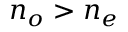
n _ { o } > n _ { e }